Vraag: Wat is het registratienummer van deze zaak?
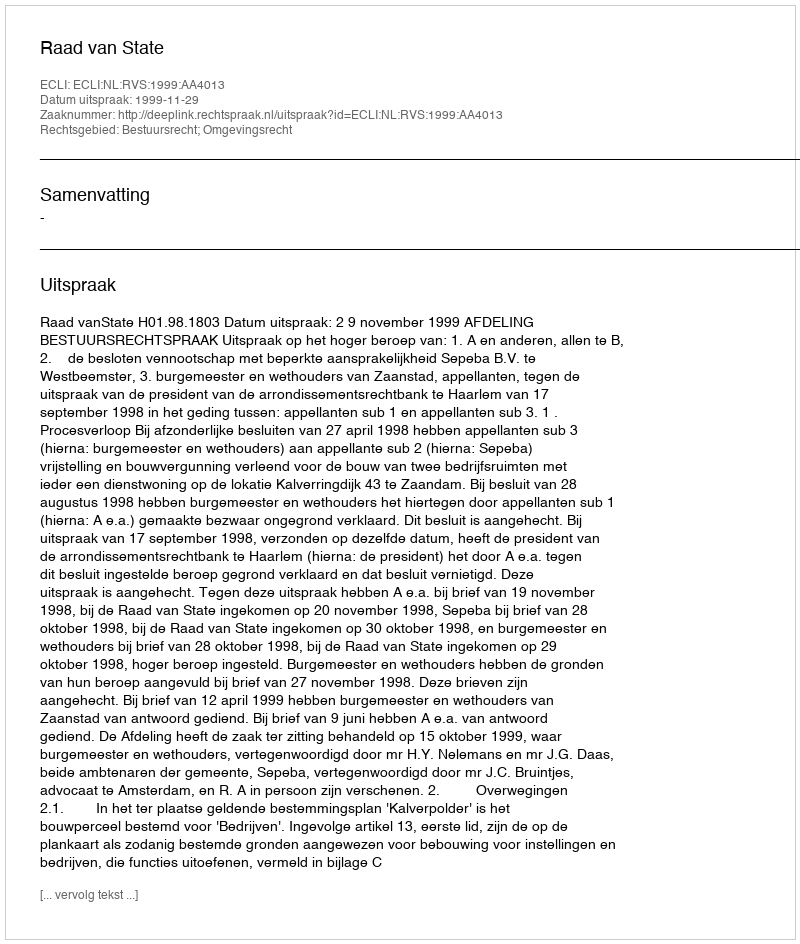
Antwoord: http://deeplink.rechtspraak.nl/uitspraak?id=ECLI:NL:RVS:1999:AA4013